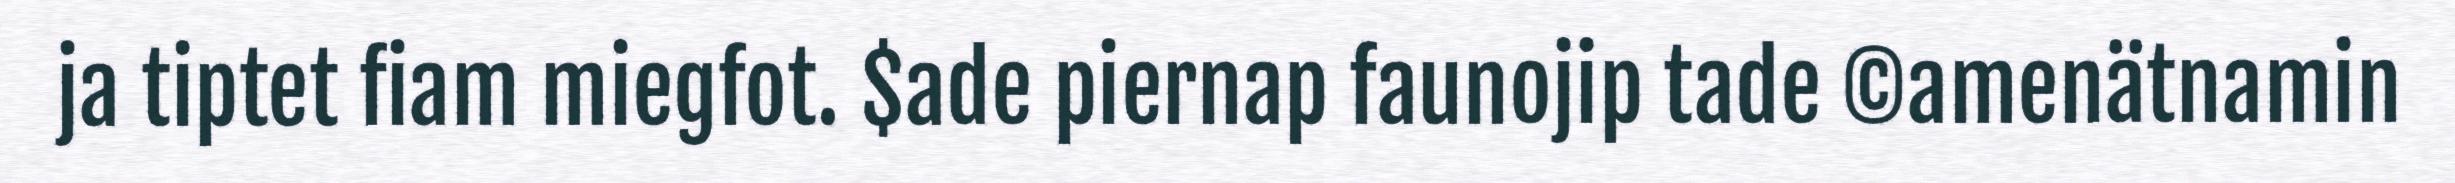
ja tiptet fiam miegfot. $ade piernap faunojip tade ©amenätnamin